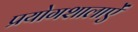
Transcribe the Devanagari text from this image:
प्रयोगशालाऐं